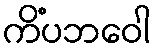
ကိံပဘဝေါ